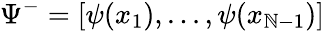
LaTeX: \Psi^{-}=[\psi(x_{1}),...,\psi(x_{\mathbb{N}-1})]